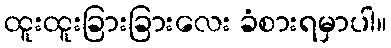
ထူးထူးခြားခြားလေး ခံစားရမှာပါ။